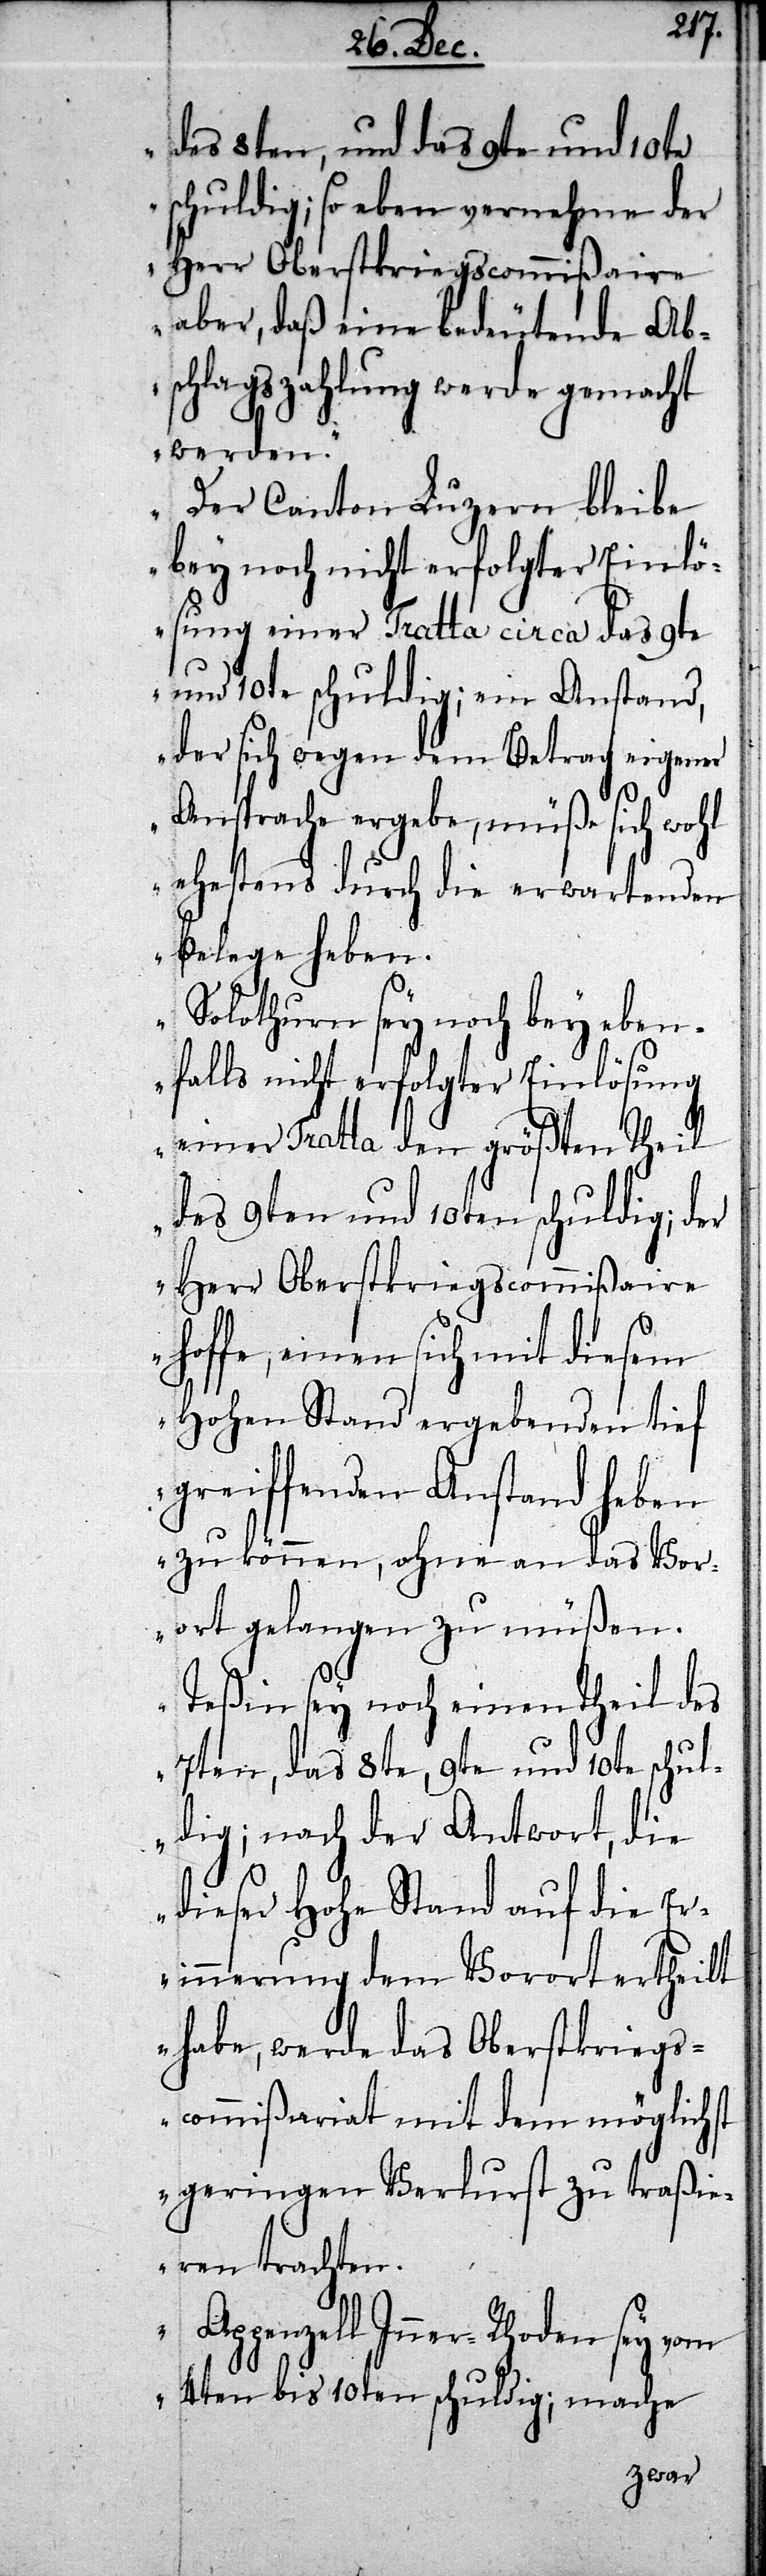
des 8ten, das 9te und 10te
schuldig; so eben vernehme der
Herr Oberstkriegscommißaire
aber, daß eine bedeutende Ab¬
schlagszahlung werde gemacht
werden.
Der Canton Luzern bleibe
bey noch nicht erfolgter Einlö¬
sung einer Tratta circa das 9te
und 10te schuldig; ein Anstand,
der sich wegen dem Betrag eigener
Ansprache ergebe, müße sich wohl
ehestens durch die erwartenden
Belege heben.
Solothurn sey noch bey eben¬
falls nicht erfolgter Einlösung
einer Tratta den größten Theil
des 9ten und 10ten schuldig; der
Herr Oberstkriegscommißaire
hoffe, einen sich mit diesem
Hohen Stand ergebenden tieff
greiffenden Anstand heben
zu können, ohne an das Vor¬
ort gelangen zu müßen.
Teßin sey noch einen Theil des
7ten, das 8te, 9te und 10te schul¬
dig; nach der Antwort, die
dieser Hohe Stand auf die Er¬
innerung dem Vorort ertheilt
habe, werde das Oberstkriegs¬
commißariat mit dem möglichst
geringen Verlurst zu traßie¬
ren trachten.
Ap¬
penzell Inner-Rhoden sey vom
4ten bis 10ten schuldig; mache